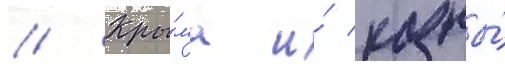
// Кры́ма и́ казны́